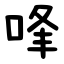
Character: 㖓